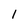
Character: 1